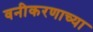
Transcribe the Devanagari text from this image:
वनीकरणाच्या